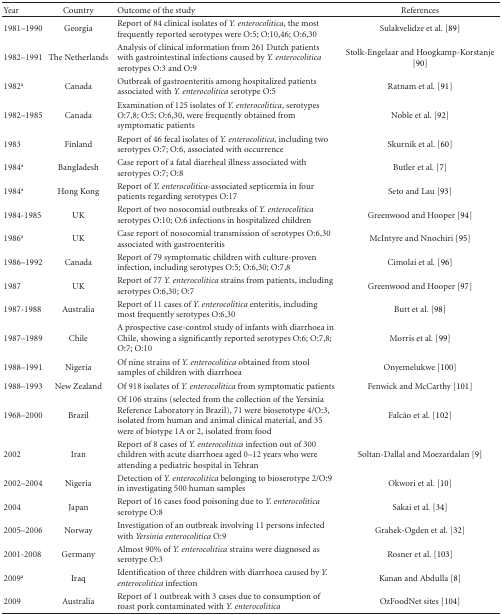
<table><thead><tr><td><b>Year</b></td><td><b>Country</b></td><td><b>Outcome of the study</b></td><td><b>References</b></td></tr></thead><tbody><tr><td>1981–1990</td><td>Georgia</td><td>Report of 84 clinical isolates of <i>Y. enterocolitica</i>, the most frequently reported serotypes were O:5; O:10,46; O:6,30</td><td>Sulakvelidze et al. [89]</td></tr><tr><td>1982–1991</td><td>The Netherlands</td><td>Analysis of clinical information from 261 Dutch patients with gastrointestinal infections caused by <i>Y. enterocolitica</i> serotypes O:3 and O:9</td><td>Stolk-Engelaar and Hoogkamp-Korstanje [90]</td></tr><tr><td>1982<sup>a</sup></td><td>Canada</td><td>Outbreak of gastroenteritis among hospitalized patients associated with <i>Y. enterocolitica</i> serotype O:5</td><td>Ratnam et al. [91]</td></tr><tr><td>1982–1985</td><td>Canada</td><td>Examination of 125 isolates of <i>Y. enterocolitica</i>, serotypes O:7,8; O:5; O:6,30, were frequently obtained from symptomatic patients</td><td>Noble et al. [92]</td></tr><tr><td>1983</td><td>Finland</td><td>Report of 46 fecal isolates of <i>Y. enterocolitica</i>, including two serotypes O:7; O:6, associated with occurrence</td><td>Skurnik et al. [60]</td></tr><tr><td>1984<sup>a</sup></td><td>Bangladesh</td><td>Case report of a fatal diarrheal illness associated with serotypes O:7; O:8</td><td>Butler et al. [7]</td></tr><tr><td>1984<sup>a</sup></td><td>Hong Kong</td><td>Report of <i>Y. enterocolitica</i>-associated septicemia in four patients regarding serotypes O:17</td><td>Seto and Lau [93]</td></tr><tr><td>1984-1985</td><td>UK</td><td>Report of two nosocomial outbreaks of <i>Y. enterocolitica</i> serotypes O:10; O:6 infections in hospitalized children</td><td>Greenwood and Hooper [94]</td></tr><tr><td>1986<sup>a</sup></td><td>UK</td><td>Case report of nosocomial transmission of serotypes O:6,30 associated with gastroenteritis</td><td>McIntyre and Nnochiri [95]</td></tr><tr><td>1986–1992</td><td>Canada</td><td>Report of 79 symptomatic children with culture-proven infection, including serotypes O:5; O:6,30; O:7,8</td><td>Cimolai et al. [96]</td></tr><tr><td>1987</td><td>UK</td><td>Report of 77 <i>Y. enterocolitica</i> strains from patients, including serotypes O:6,30; O:7</td><td>Greenwood and Hooper [97]</td></tr><tr><td>1987-1988</td><td>Australia</td><td>Report of 11 cases of <i>Y. enterocolitica</i> enteritis, including most frequently serotypes O:6,30</td><td>Butt et al. [98]</td></tr><tr><td>1987–1989</td><td>Chile</td><td>A prospective case-control study of infants with diarrhoea in Chile, showing a significantly reported serotypes O:6; O:7,8; O:7; O:10</td><td>Morris et al. [99]</td></tr><tr><td>1988–1991</td><td>Nigeria</td><td>Of nine strains of <i>Y. enterocolitica</i> obtained from stool samples of children with diarrhoea</td><td>Onyemelukwe [100]</td></tr><tr><td>1988–1993</td><td>New Zealand</td><td>Of 918 isolates of <i>Y. enterocolitica</i> from symptomatic patients</td><td>Fenwick and McCarthy [101]</td></tr><tr><td>1968–2000</td><td>Brazil</td><td>Of 106 strains (selected from the collection of the Yersinia Reference Laboratory in Brazil), 71 were bioserotype 4/O:3, isolated from human and animal clinical material, and 35 were of biotype 1A or 2, isolated from food</td><td>Falcão et al. [102]</td></tr><tr><td>2002</td><td>Iran</td><td>Report of 8 cases of <i>Y. enterocolitica</i> infection out of 300 children with acute diarrhoea aged 0–12 years who were attending a pediatric hospital in Tehran</td><td>Soltan-Dallal and Moezardalan [9]</td></tr><tr><td>2002–2004</td><td>Nigeria</td><td>Detection of <i>Y. enterocolitica </i>belonging to bioserotype 2/O:9 in investigating 500 human samples</td><td>Okwori et al. [10]</td></tr><tr><td>2004</td><td>Japan</td><td>Report of 16 cases food poisoning due to <i>Y. enterocolitica</i> serotype O:8</td><td> Sakai et al. [34]</td></tr><tr><td>2005–2006</td><td>Norway</td><td>Investigation of an outbreak involving 11 persons infected with <i>Yersinia enterocolitica</i> O:9</td><td>Grahek-Ogden et al. [32]</td></tr><tr><td>2001-2008</td><td>Germany</td><td>Almost 90% of <i>Y. enterocolitica</i> strains were diagnosed as serotype O:3</td><td>Rosner et al. [103]</td></tr><tr><td>2009<sup>a</sup></td><td>Iraq</td><td>Identification of three children with diarrhoea caused by <i>Y. enterocolitica</i> infection</td><td>Kanan and Abdulla [8]</td></tr><tr><td>2009</td><td>Australia</td><td>Report of 1 outbreak with 3 cases due to consumption of roast pork contaminated with<i> Y. enterocolitica </i></td><td>OzFoodNet sites [104]</td></tr></tbody></table>